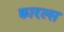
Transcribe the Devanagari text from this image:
क्वारल्स